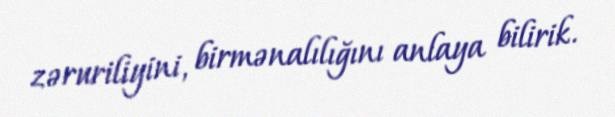
zəruriliyini, birmənalılığını anlaya bilirik.